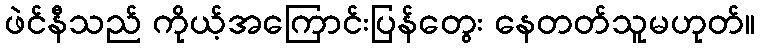
ဖဲင်နီသည် ကိုယ့်အကြောင်းပြန်တွေး နေတတ်သူမဟုတ်။